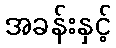
အခန်းနှင့်